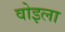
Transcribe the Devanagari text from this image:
वोइला